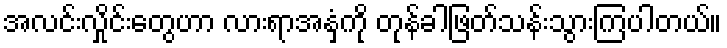
အလင်းလှိုင်းတွေဟာ လားရာအနှံ့ကို တုန်ခါဖြတ်သန်းသွားကြပါတယ်။